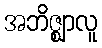
အဘိဇ္ဈာလူ